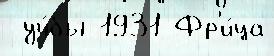
 уч́бы 1931 Фр'и́ца